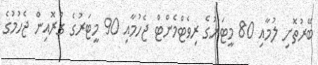
ބޭރުތޮށި ލުމާއި 80 މީޓަރުގެ ރިވެޓްމެންޓް ޖެހުމާއި 90 މީޓަރުގެ ގްރޮއިން ޖެހުމުގެ